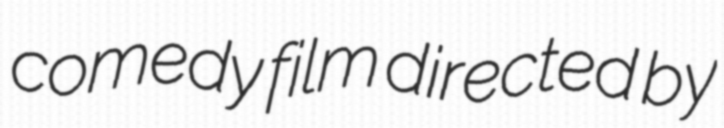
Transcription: comedy film directed by